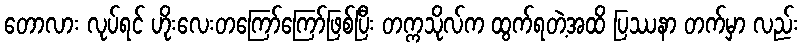
တောလား လုပ်ရင် ဟိုးလေးတကြော်ကြော်ဖြစ်ပြီး တက္ကသိုလ်က ထွက်ရတဲ့အထိ ပြဿနာ တက်မှာ လည်း